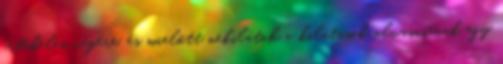
értékelés végére, és mielőtt nekilátok a kilátások olvasásának egy